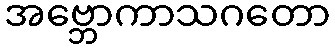
အဗ္ဘောကာသဂတော